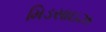
મિડસાઇઝ